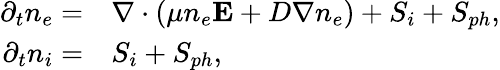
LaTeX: \begin{array}{rl}{\partial_{t}n_{e}=}&{{}\nabla\cdot(\mu n_{e}{\mathbf E}+D\nabla n_{e})+S_{i}+S_{ph},}\\ {\partial_{t}n_{i}=}&{{}S_{i}+S_{ph},}\end{array}